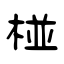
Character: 桠